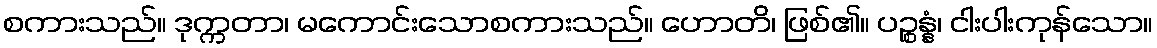
စကားသည်။ ဒုက္ကတာ၊ မကောင်းသောစကားသည်။ ဟောတိ၊ ဖြစ်၏။ ပဉ္စန္နံ၊ ငါးပါးကုန်သော။